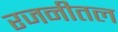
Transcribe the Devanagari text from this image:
रजनीतल